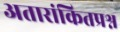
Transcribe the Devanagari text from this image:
अतारांकितप्रश्न